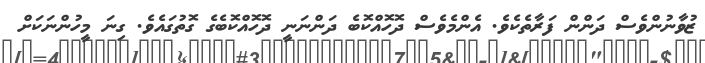
ޒުވާނުންވެސް ދަންން ފަރާތެކެވެ. އެންމެވެސް ދޮހޮއްކޮބެ ދަންނަނީ ދޮހޮއްކޮބެގެ ގޮތުގައެވެ. ގިނަ މީހުންނަކަށް